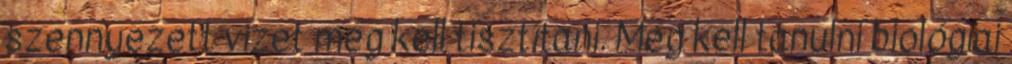
szennyezett vizet meg kell tisztítani. Meg kell tanulni biológiai